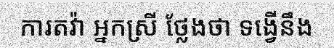
ការតវ៉ា អ្នកស្រី ថ្លែងថា ទង្វើនឹង